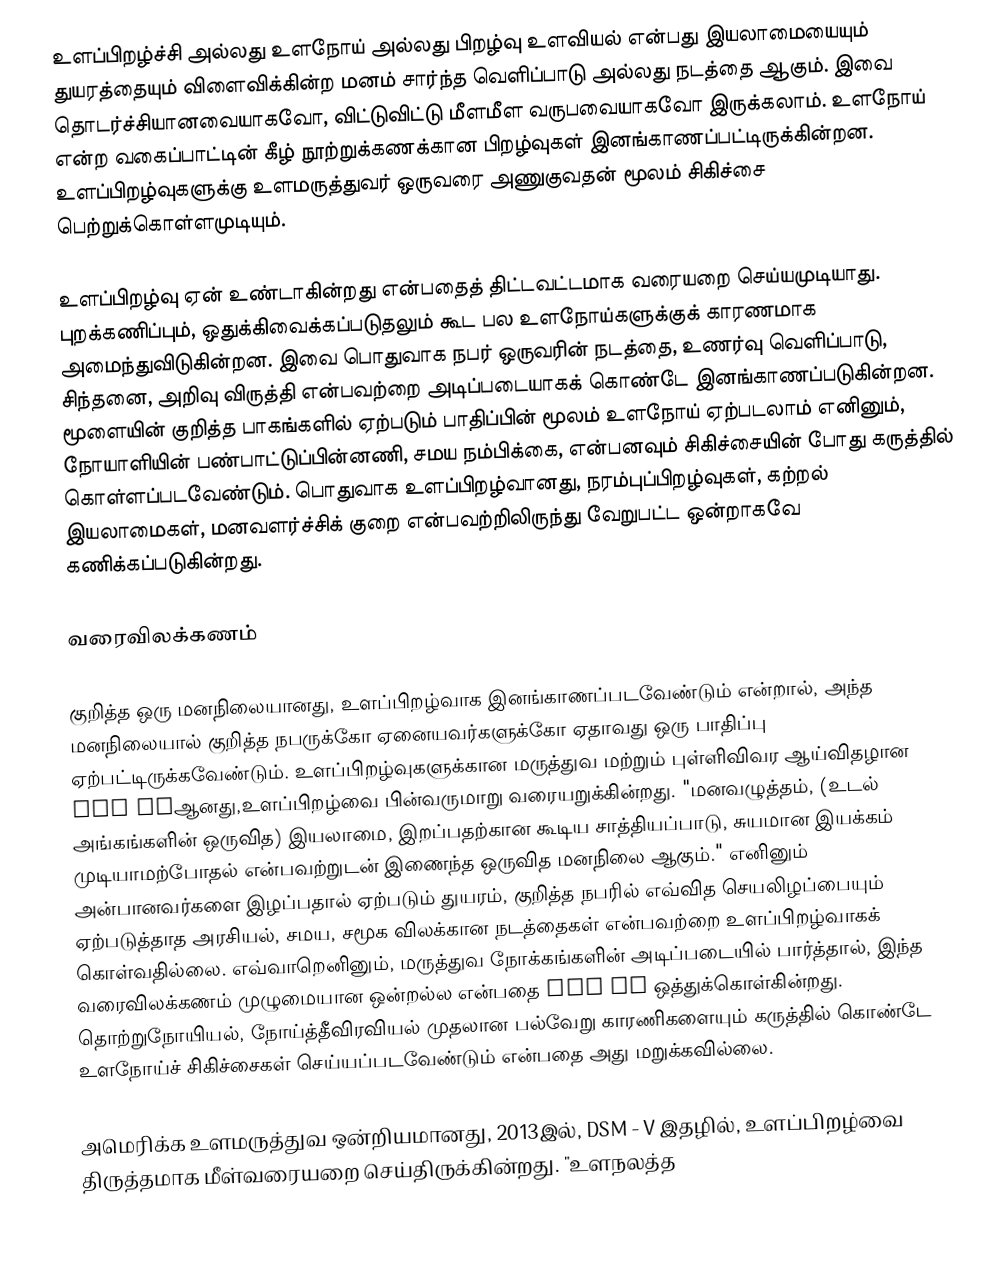
உளப்பிறழ்ச்சி அல்லது உளநோய் அல்லது பிறழ்வு உளவியல் என்பது இயலாமையையும் துயரத்தையும் விளைவிக்கின்ற மனம் சார்ந்த வெளிப்பாடு அல்லது நடத்தை ஆகும். இவை தொடர்ச்சியானவையாகவோ, விட்டுவிட்டு மீளமீள வருபவையாகவோ இருக்கலாம். உளநோய் என்ற வகைப்பாட்டின் கீழ் நூற்றுக்கணக்கான பிறழ்வுகள் இனங்காணப்பட்டிருக்கின்றன. உளப்பிறழ்வுகளுக்கு உளமருத்துவர் ஒருவரை அணுகுவதன் மூலம்  சிகிச்சை பெற்றுக்கொள்ளமுடியும்.

உளப்பிறழ்வு ஏன் உண்டாகின்றது என்பதைத் திட்டவட்டமாக வரையறை செய்யமுடியாது. புறக்கணிப்பும், ஒதுக்கிவைக்கப்படுதலும் கூட பல உளநோய்களுக்குக் காரணமாக அமைந்துவிடுகின்றன. இவை பொதுவாக நபர் ஒருவரின் நடத்தை, உணர்வு வெளிப்பாடு, சிந்தனை, அறிவு விருத்தி என்பவற்றை அடிப்படையாகக் கொண்டே இனங்காணப்படுகின்றன. மூளையின் குறித்த பாகங்களில் ஏற்படும் பாதிப்பின் மூலம் உளநோய் ஏற்படலாம் எனினும், நோயாளியின் பண்பாட்டுப்பின்னணி, சமய நம்பிக்கை, என்பனவும் சிகிச்சையின் போது கருத்தில் கொள்ளப்படவேண்டும்.  பொதுவாக உளப்பிறழ்வானது, நரம்புப்பிறழ்வுகள், கற்றல் இயலாமைகள், மனவளர்ச்சிக் குறை என்பவற்றிலிருந்து வேறுபட்ட ஒன்றாகவே கணிக்கப்படுகின்றது.

வரைவிலக்கணம்

குறித்த ஒரு  மனநிலையானது, உளப்பிறழ்வாக இனங்காணப்படவேண்டும் என்றால், அந்த மனநிலையால் குறித்த நபருக்கோ ஏனையவர்களுக்கோ  ஏதாவது ஒரு பாதிப்பு ஏற்பட்டிருக்கவேண்டும்.  உளப்பிறழ்வுகளுக்கான மருத்துவ மற்றும் புள்ளிவிவர ஆய்விதழான DSM IVஆனது,உளப்பிறழ்வை பின்வருமாறு வரையறுக்கின்றது. "மனவழுத்தம், (உடல் அங்கங்களின் ஒருவித) இயலாமை, இறப்பதற்கான கூடிய சாத்தியப்பாடு, சுயமான இயக்கம் முடியாமற்போதல் என்பவற்றுடன் இணைந்த ஒருவித மனநிலை ஆகும்." எனினும் அன்பானவர்களை இழப்பதால் ஏற்படும் துயரம், குறித்த நபரில் எவ்வித செயலிழப்பையும் ஏற்படுத்தாத அரசியல், சமய, சமூக விலக்கான நடத்தைகள் என்பவற்றை உளப்பிறழ்வாகக் கொள்வதில்லை. எவ்வாறெனினும், மருத்துவ நோக்கங்களின் அடிப்படையில் பார்த்தால், இந்த வரைவிலக்கணம் முழுமையான ஒன்றல்ல என்பதை DSM IV ஒத்துக்கொள்கின்றது. தொற்றுநோயியல், நோய்த்தீவிரவியல் முதலான பல்வேறு காரணிகளையும் கருத்தில் கொண்டே உளநோய்ச் சிகிச்சைகள் செய்யப்படவேண்டும் என்பதை அது மறுக்கவில்லை.

அமெரிக்க உளமருத்துவ ஒன்றியமானது, 2013இல், DSM - V இதழில், உளப்பிறழ்வை திருத்தமாக மீள்வரையறை செய்திருக்கின்றது. "உளநலத்த